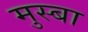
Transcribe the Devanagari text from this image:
मुस्बा